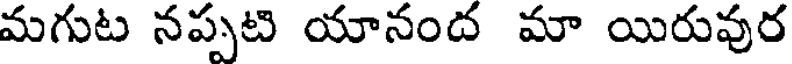
మగుట నప్పటి యానంద మా యిరువుర